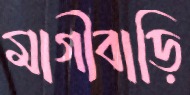
মাগীবাড়ি